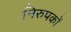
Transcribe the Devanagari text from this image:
निरुपकों